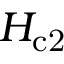
H _ { \mathrm { c 2 } }